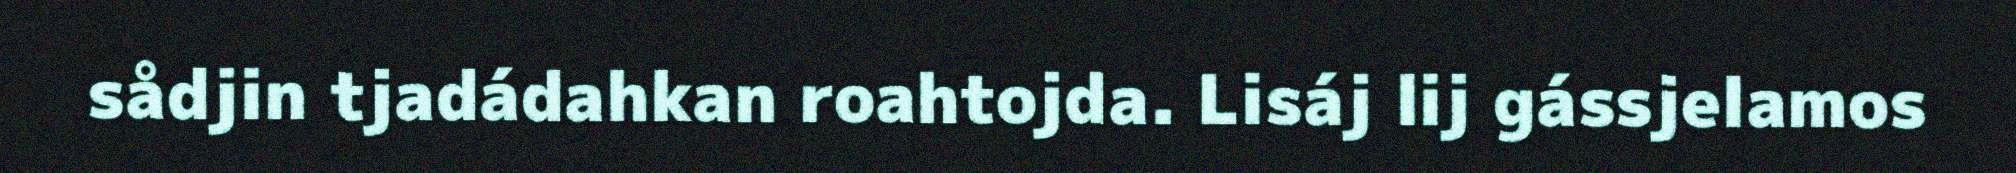
sådjin tjadádahkan roahtojda. Lisáj lij gássjelamos